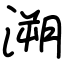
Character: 溯